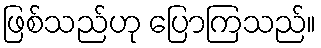
ဖြစ်သည်ဟု ပြောကြသည်။